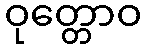
ဝုတ္တောဝ